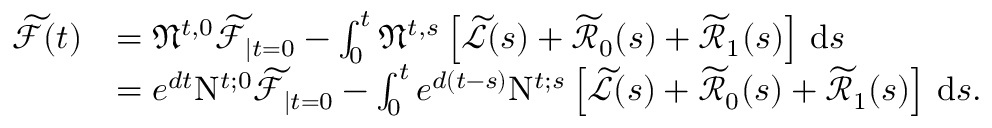
\begin{array} { r l } { \widetilde { \mathcal { F } } ( t ) } & { = \mathfrak { N } ^ { t , 0 } \widetilde { \mathcal { F } } _ { \mid t = 0 } - \int _ { 0 } ^ { t } \mathfrak { N } ^ { t , s } \left[ \widetilde { \mathcal { L } } ( s ) + \widetilde { \mathcal { R } } _ { 0 } ( s ) + \widetilde { \mathcal { R } } _ { 1 } ( s ) \right] \, \mathrm { d } s } \\ & { = e ^ { d t } \mathrm { N } ^ { t ; 0 } \widetilde { \mathcal { F } } _ { \mid t = 0 } - \int _ { 0 } ^ { t } e ^ { d ( t - s ) } \mathrm { N } ^ { t ; s } \left[ \widetilde { \mathcal { L } } ( s ) + \widetilde { \mathcal { R } } _ { 0 } ( s ) + \widetilde { \mathcal { R } } _ { 1 } ( s ) \right] \, \mathrm { d } s . } \end{array}